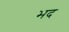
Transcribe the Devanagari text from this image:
भद